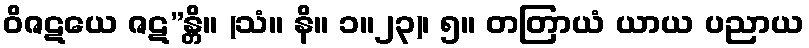
ဝိဇဋယေ ဇဋ”န္တိ။ (သံ။ နိ။ ၁။၂၃)၊ ၅။ တတြာယံ ယာယ ပညာယ